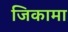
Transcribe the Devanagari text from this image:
जिकामा